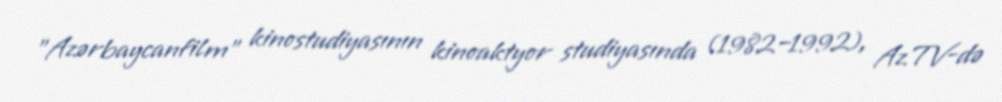
"Azərbaycanfilm" kinostudiyasının kinoaktyor studiyasında (1982–1992), AzTV-də